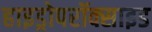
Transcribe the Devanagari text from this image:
हाइड्रोपरॉक्साइड